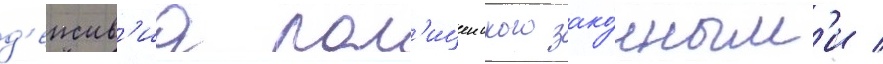
д'еиств'иа пол'ицеиского зако́нным'и /